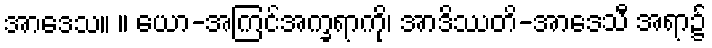
အာဒေသ။ ။ ယော-အကြင်အက္ခရာကို၊ အာဒိဿတိ-အာဒေသီ အရာ၌